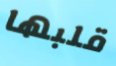
قلبها